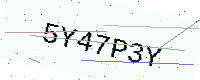
Text: 5Y47P3Y